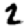
Digit: 2